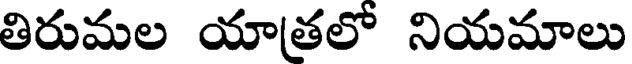
తిరుమల యాతలో నియమాలు